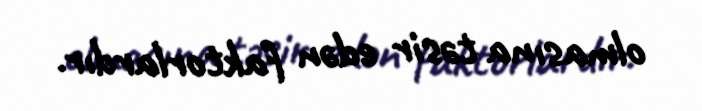
olmasına təsir edən faktorlardır.